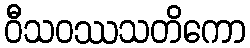
ဝီသဝဿသတိကော